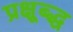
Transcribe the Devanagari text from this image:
प्रक्षूब्द्ध